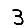
Digit: 3